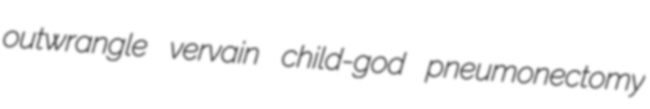
outwrangle vervain child-god pneumonectomy